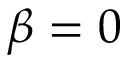
\beta = 0